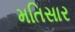
મતિસાર